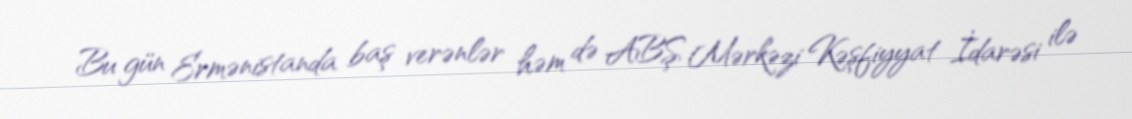
Bu gün Ermənistanda baş verənlər həm də ABŞ Mərkəzi Kəşfiyyat İdarəsi ilə